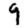
Digit: 9